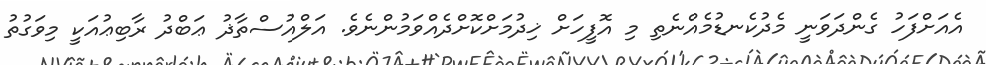
އެއަށްފަހު ގެންދަވަނީ މެދުކެނޑުމެއްނެތި މި އޮފީހަށް ޚިދުމަށްކޮށްދެއްވަމުންނެވެ. އަލްއުސްތާޛު ޢަބްދު ރާބިޢުއަކީ މިވަގުތު